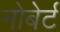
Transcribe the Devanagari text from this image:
नोबेर्ट